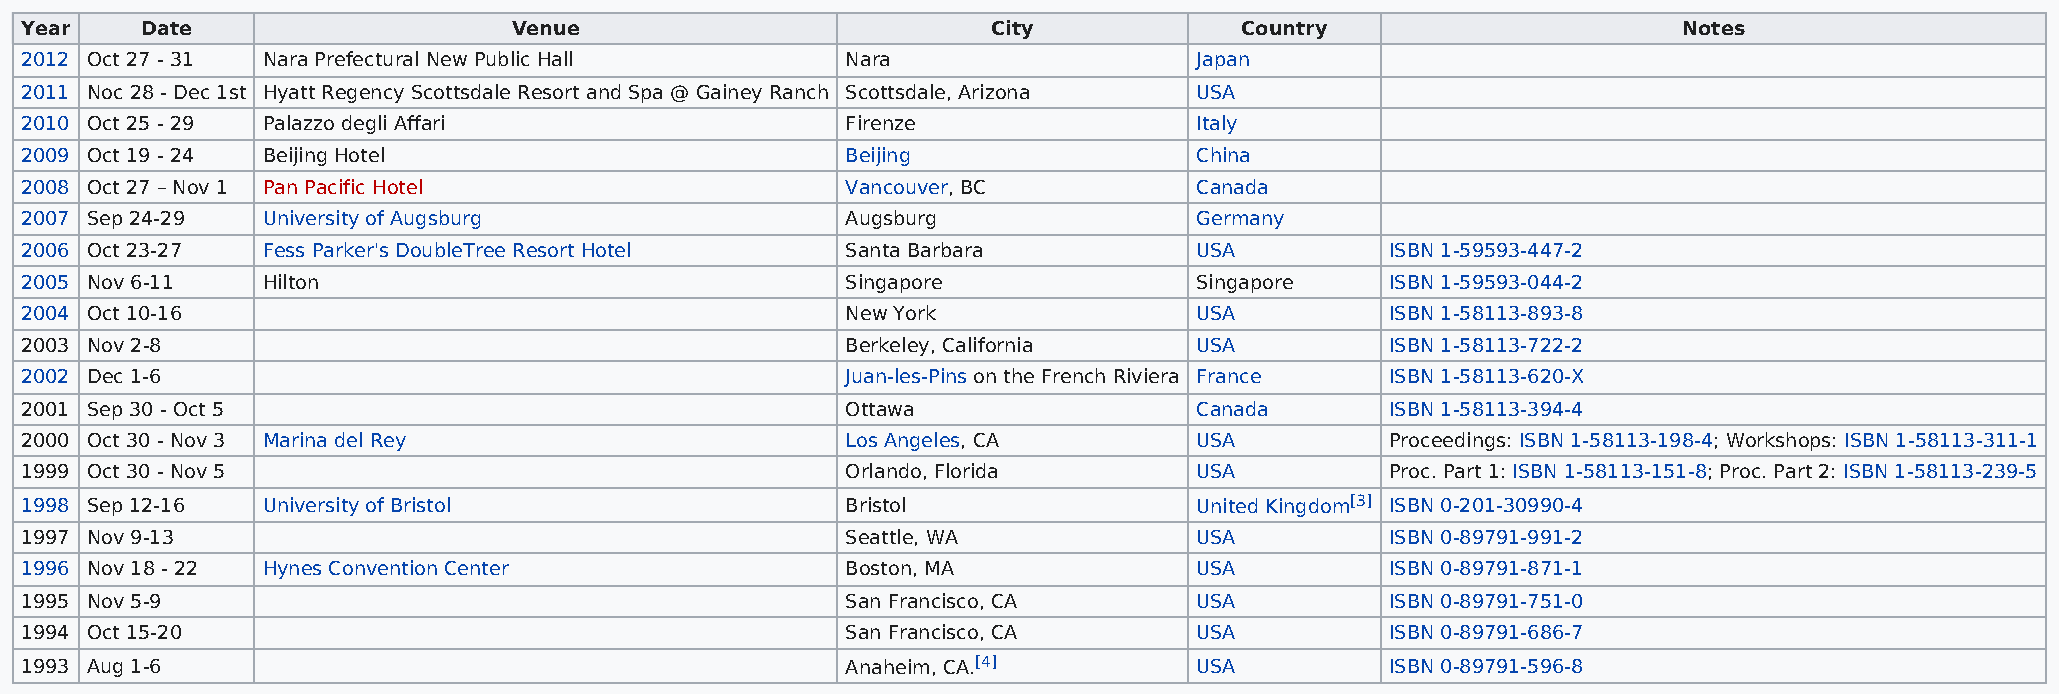
Year    Date                     Venue                           City            Country                      Notes
 2012 Oct 27 - 31 Nara Prefectural New Public Hall      Nara                   Japan
 2011 Noc 28 - Dec 1st Hyatt Regency Scottsdale Resort and Spa @ Gainey Ranch Scottsdale, Arizona USA
 2010 Oct 25 - 29 Palazzo degli Affari                  Firenze                Italy
 2009 Oct 19 - 24 Beijing Hotel                         Beijing                China
 2008 Oct 27 – Nov 1 Pan Pacific Hotel                  Vancouver, BC          Canada
 2007 Sep 24-29  University of Augsburg                 Augsburg               Germany
 2006 Oct 23-27  Fess Parker's DoubleTree Resort Hotel  Santa Barbara          USA          ISBN 1-59593-447-2
 2005 Nov 6-11   Hilton                                 Singapore              Singapore    ISBN 1-59593-044-2
 2004 Oct 10-16                                         New York               USA          ISBN 1-58113-893-8
 2003 Nov 2-8                                           Berkeley, California   USA          ISBN 1-58113-722-2
 2002 Dec 1-6                                           Juan-les-Pins on the French Riviera France ISBN 1-58113-620-X
 2001 Sep 30 - Oct 5                                    Ottawa                 Canada       ISBN 1-58113-394-4
 2000 Oct 30 - Nov 3 Marina del Rey                     Los Angeles, CA        USA          Proceedings: ISBN 1-58113-198-4; Workshops: ISBN 1-58113-311-1
 1999 Oct 30 - Nov 5                                    Orlando, Florida       USA          Proc. Part 1: ISBN 1-58113-151-8; Proc. Part 2: ISBN 1-58113-239-5
 1998 Sep 12-16  University of Bristol                  Bristol                United Kingdom[3] ISBN 0-201-30990-4
 1997 Nov 9-13                                          Seattle, WA            USA          ISBN 0-89791-991-2
 1996 Nov 18 - 22 Hynes Convention Center               Boston, MA             USA          ISBN 0-89791-871-1
 1995 Nov 5-9                                           San Francisco, CA      USA          ISBN 0-89791-751-0
 1994 Oct 15-20                                         San Francisco, CA      USA          ISBN 0-89791-686-7
 1993 Aug 1-6                                           Anaheim, CA.[4]        USA          ISBN 0-89791-596-8